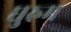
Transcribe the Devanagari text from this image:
धुरुम